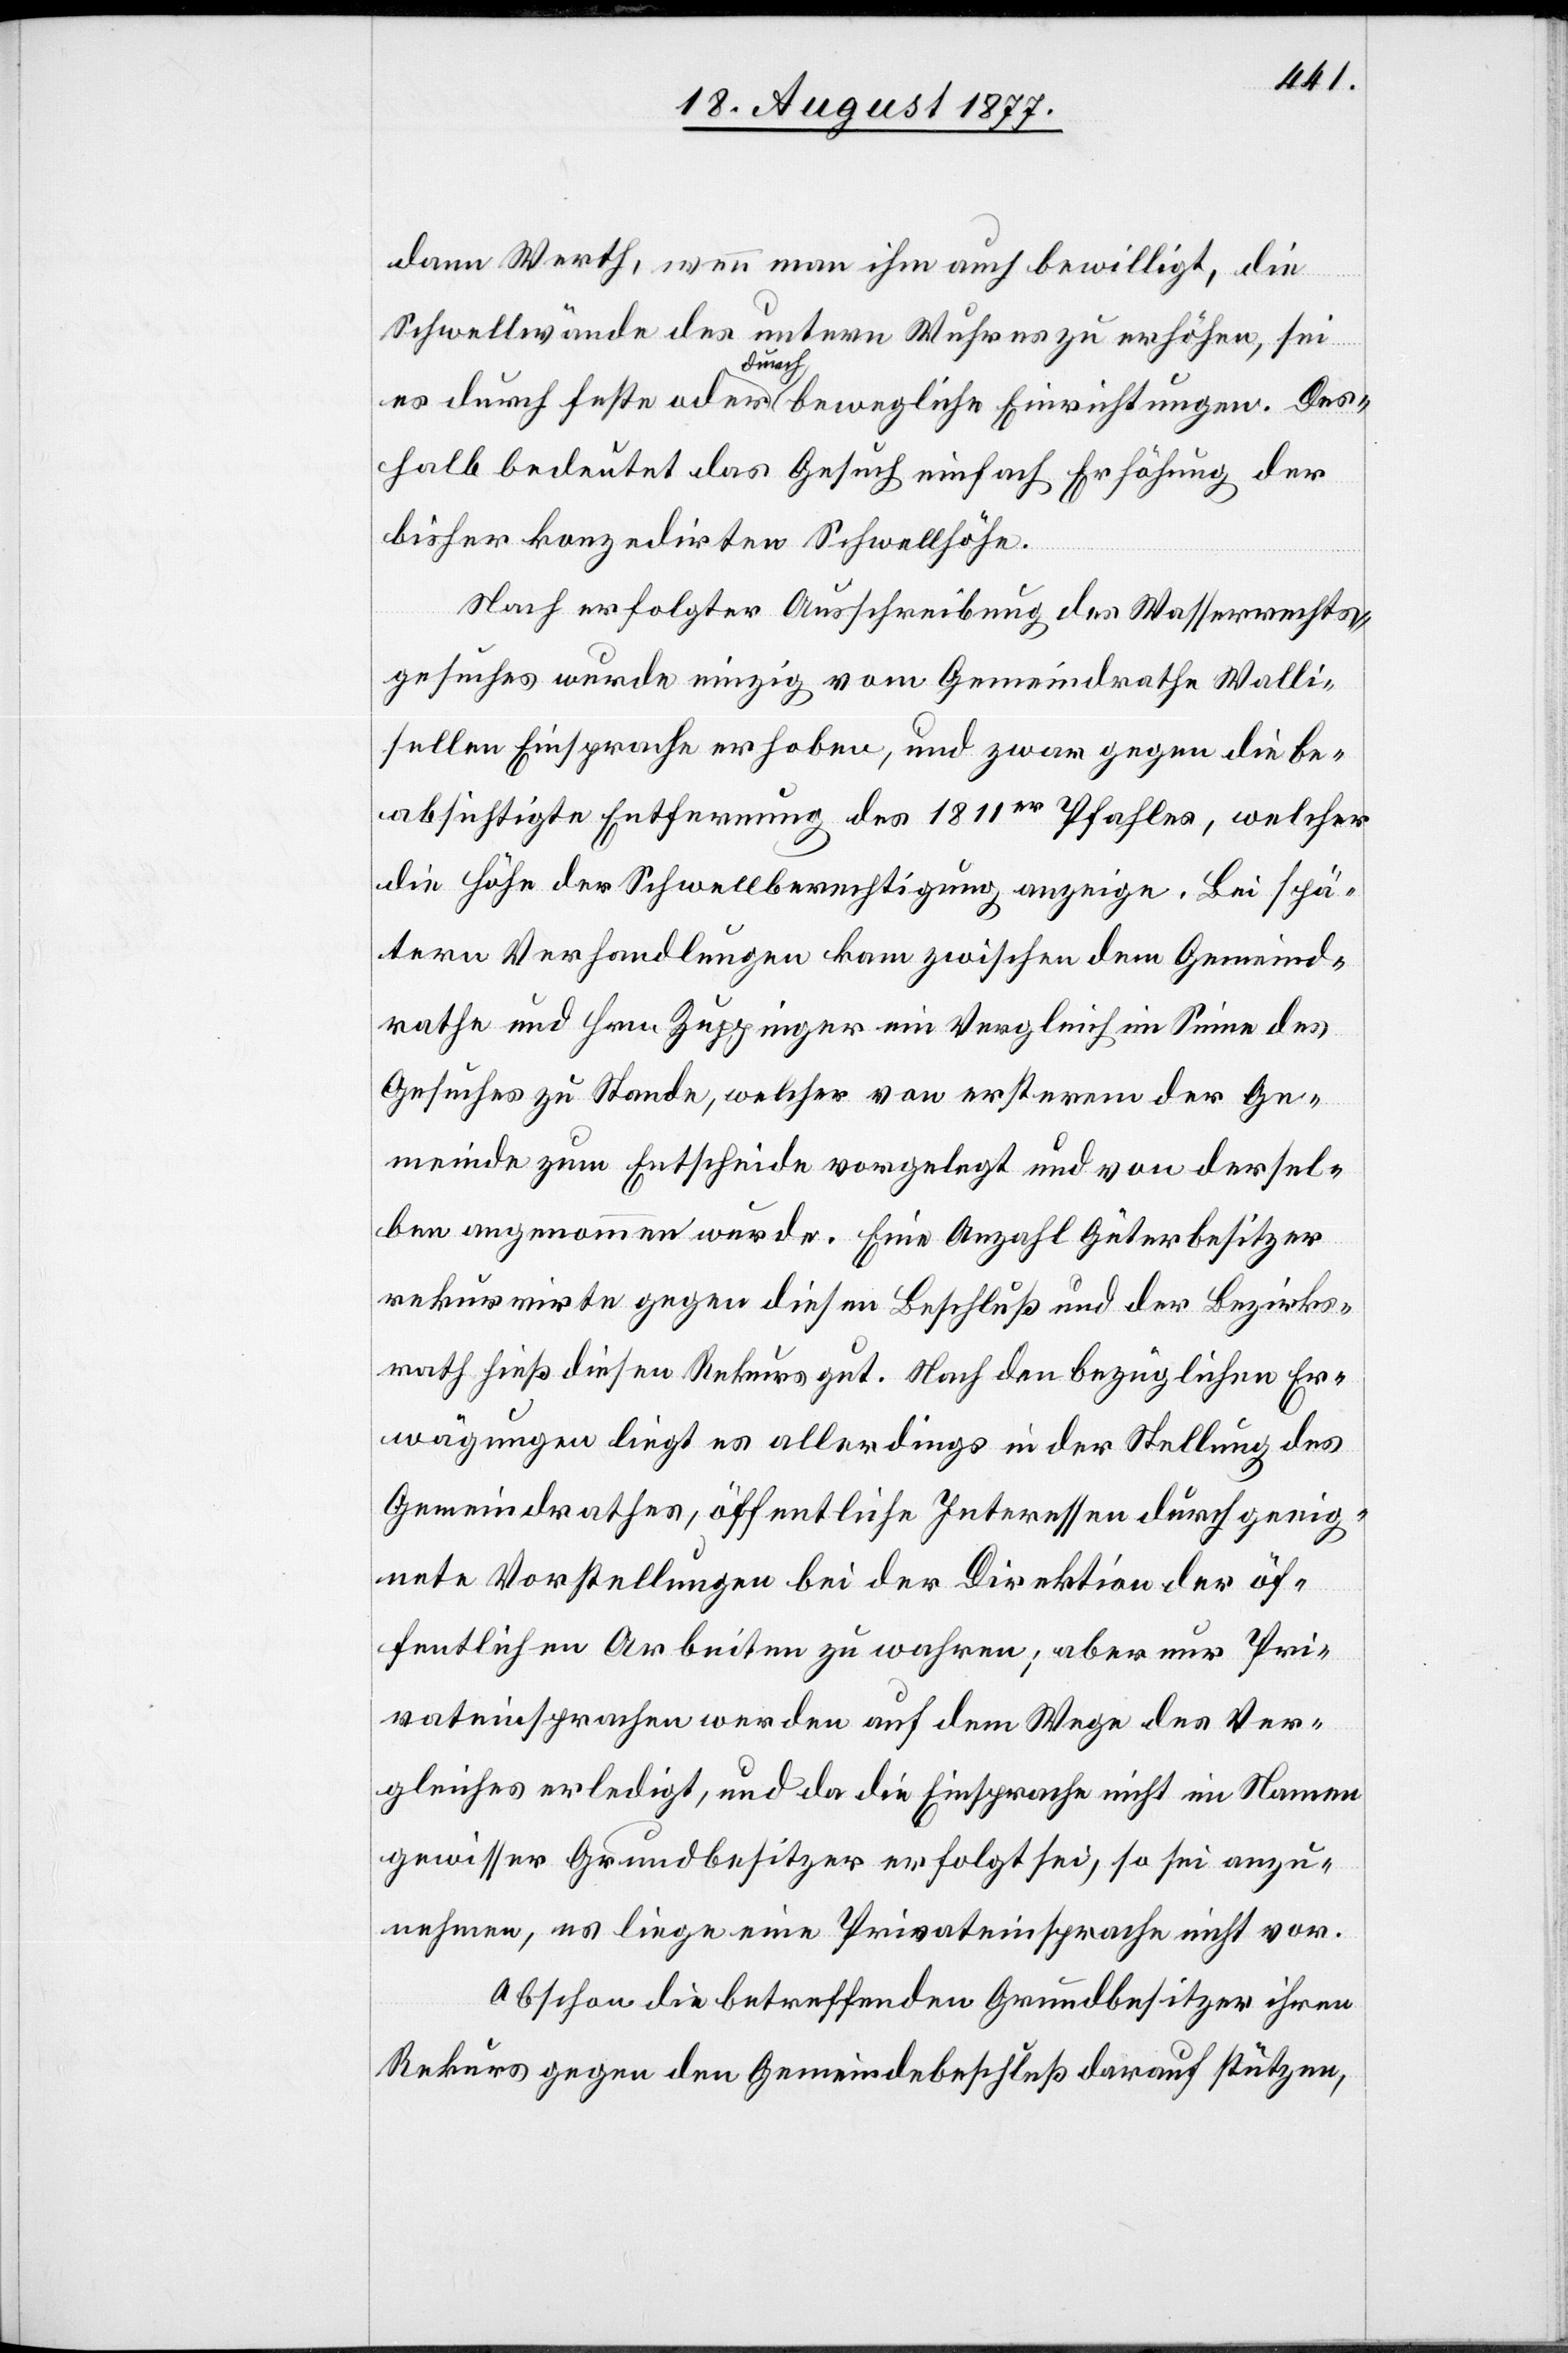
dann Werth, wenn man ihm auch bewilligt, die
Schwellwände des untern Wuhres zu erhöhen, sei
es durch feste oder durch bewegliche Einrichtungen. Des¬
halb bedeutet das Gesuch einfach Erhöhung der
bisher konzedirten Schwellhöhe.
Nach erfolgter Ausschreibung des Wasserrechts¬
gesuches wurde einzig vom Gemeindrathe Walli¬
sellen Einsprache erhoben, und zwar gegen die be¬
absichtigte Entfernung des 1811er Pfahles, welcher
die Höhe der Schwellberechtigung anzeige. Bei spä¬
tern Verhandlungen kam zwischen dem Gemeind¬
rathe und Hrn. Zuppinger ein Vergleich im Sinne des
Gesuches zu Stande, welcher von ersterem der Ge¬
meinde zum Entscheide vorgelegt und von dersel¬
ben angenommen wurde. Eine Anzahl Güterbesitzer
rekurrirte gegen diesen Beschluß und der Bezirks¬
rath hieß diesen Rekurs gut. Nach den bezüglichen Er¬
wägungen liegt es allerdings in der Stellung des
Gemeindrathes, öffentliche Interessen durch geeig¬
nete Vorstellungen bei der Direktion der öf¬
fentlichen Arbeiten zu wahren; aber nur Pri¬
vateinsprachen werden auf dem Wege des Ver¬
gleiches erledigt, und da die Einsprache nicht im Namen
gewisser Grundbesitzer erfolgt sei, so sei anzu¬
nehmen, es liege eine Privateinsprache nicht vor.
Obschon die betreffenden Grundbesitzer ihren
Rekurs gegen den Gemeindebeschluß darauf stützen,